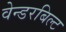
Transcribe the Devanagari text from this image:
वेन्डरबिल्ट